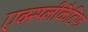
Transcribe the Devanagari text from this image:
एक्स्प्लीकैटिफ